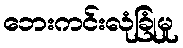
ဘေးကင်းလုံခြုံမှု